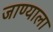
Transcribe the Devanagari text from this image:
जाण्याला